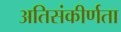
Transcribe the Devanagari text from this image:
अतिसंकीर्णता